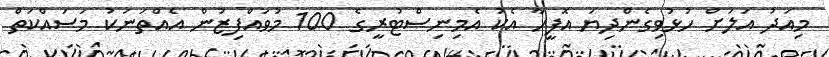
މިއަދު އަލަށް ހުޅުވިގެންދިޔަ އޮފީހާ އެކު އެމިނިސްޓުރީގެ 100 މުވައްފިޒުން އެއްތަނަކު މަސައްކަތް